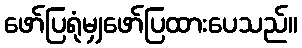
ဖော်ပြရုံမျှဖော်ပြထားပေသည်။